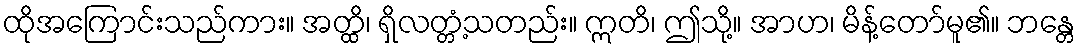
ထိုအကြောင်းသည်ကား။ အတ္ထိ၊ ရှိလတ္တံ့သတည်း။ ဣတိ၊ ဤသို့။ အာဟ၊ မိန့်တော်မူ၏။ ဘန္တေ